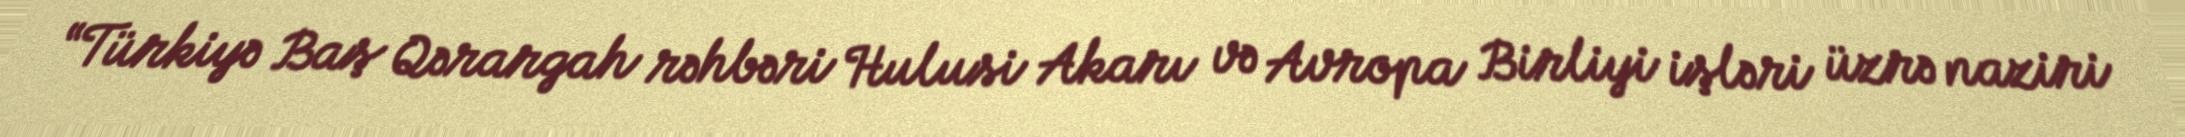
“Türkiyə Baş Qərargah rəhbəri Hulusi Akarı və Avropa Birliyi işləri üzrə naziri